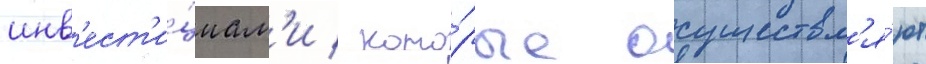
инв'ест'и́циам'и / кото́рые осуществл'я́ют